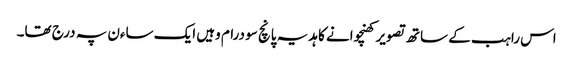
اس راہب کے ساتھ تصویر کھنچوانے کا ہدیہ پانچ سو درام وہیں ایک ساءن پہ درج تھا۔